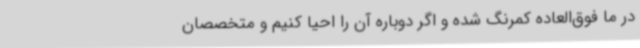
در ما فوق‌العاده کمرنگ شده و اگر دوباره آن را احیا کنیم و متخصصان